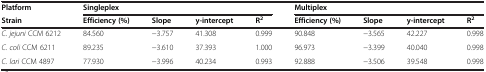
| Platform | <COLSPAN=4> Singleplex | <COLSPAN=4> Multiplex |
 | Strain | Efficiency (%) | Slope | y-intercept | R2 | Efficiency (%) | Slope | y-intercept | R2 |
 | --- | --- | --- | --- | --- | --- | --- | --- | --- |
 | C. jejuni CCM 6212 | 84.560 | −3.757 | 41.308 | 0.999 | 90.848 | −3.565 | 42.227 | 0.998 |
 | C. coli CCM 6211 | 89.235 | −3.610 | 37.393 | 1.000 | 96.973 | −3.399 | 40.040 | 0.998 |
 | C. lari CCM 4897 | 77.930 | −3.996 | 40.234 | 0.993 | 92.888 | −3.506 | 39.548 | 0.998 |